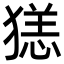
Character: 㺊